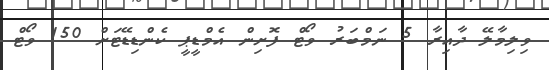
ވިލިމާލޭ ދާއިރާ 5 ނަމްބަރު ވޯޓް ފޮށިން އެމްޑީޕީ ކެންޑިޑޭޓަށް 150 ވޯޓް